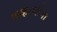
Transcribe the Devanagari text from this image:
चव्हाणांना